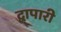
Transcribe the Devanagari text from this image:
द्वापारी